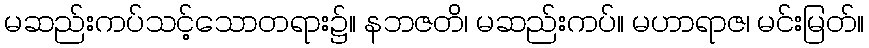
မဆည်းကပ်သင့်သောတရား၌။ နဘဇတိ၊ မဆည်းကပ်။ မဟာရာဇ၊ မင်းမြတ်။